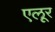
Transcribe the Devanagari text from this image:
एलूर